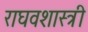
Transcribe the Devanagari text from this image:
राघवशास्त्री